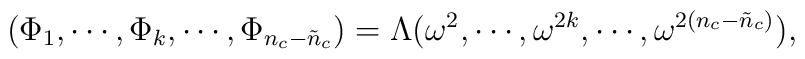
(\Phi_{1}, \cdots, \Phi_{k}, \cdots, \Phi_{n_{c}-\tilde{n}_{c}})        = \Lambda (\omega^2, \cdots, \omega^{2k}, \cdots,        \omega^{2(n_{c}-\tilde{n}_{c})}),